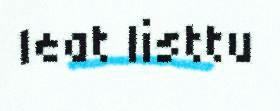
leat listtu